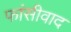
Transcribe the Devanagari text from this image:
फांसीवाद